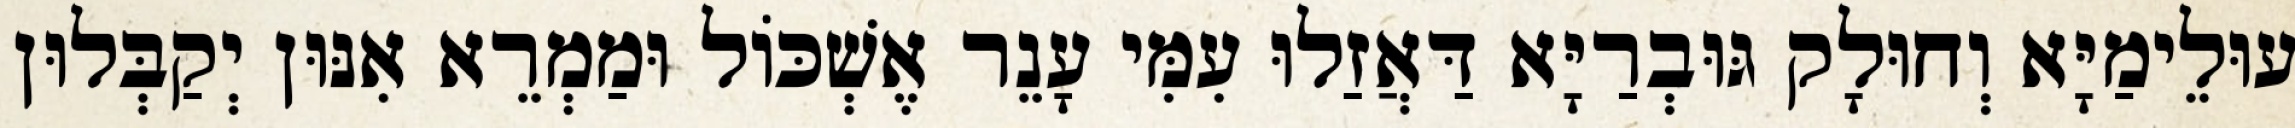
עוּלֵימַיָּא וְחוּלָק גּוּבְרַיָּא דַּאֲזַלוּ עִמִּי עָנֵר אֶשְׁכּוֹל וּמַמְרֵא אִנּוּן יְקַבְּלוּן